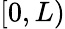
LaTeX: [0,L)